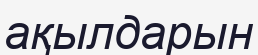
ақылдарын